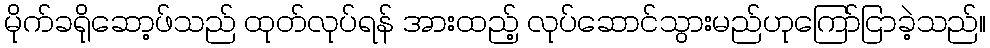
မိုက်ခရိုဆော့ဖ်သည် ထုတ်လုပ်ရန် အားထည့် လုပ်ဆောင်သွားမည်ဟုကြော်ငြာခဲ့သည်။